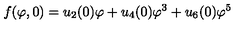
f ( \varphi , 0 ) = u _ { 2 } ( 0 ) \varphi + u _ { 4 } ( 0 ) \varphi ^ { 3 } + u _ { 6 } ( 0 ) \varphi ^ { 5 }